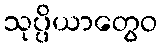
သုပ္ပိယာတွေဝ